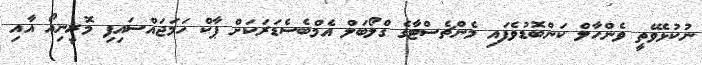
ނުކުޅެވޭތީ ވެންހާލް ކަންބޮޑުވެފައި މެންޗެސްޓާގެ ގްލޯބަލް އެމްބެސެޑަރަކަށް ޕާކް ހަމަޖައްސައިފި މޮރީނިއޯ އާއި